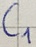
Text: C1